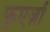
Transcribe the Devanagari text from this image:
फुएर्ज़ा